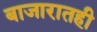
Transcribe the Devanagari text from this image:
बाजारातही